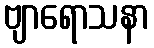
ဗျာရောသနာ